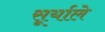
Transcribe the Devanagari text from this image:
सूर्याले